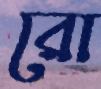
রো